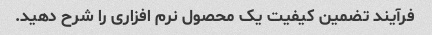
فرآیند تضمین کیفیت یک محصول نرم افزاری را شرح دهید.